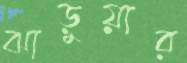
ঝাড়ুয়ার